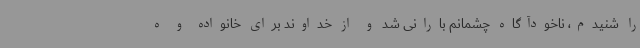
را شنیدم، ناخودآگاه چشمانم بارانی شد و از خداوند برای خانواده و ه